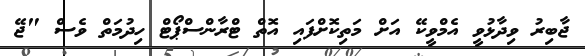
ޖާބިރު ވިދާޅުވީ އެމްވީކޭ އަށް މަތިކޮށްފައި އޮތް ޓްރާންސްޕޯޓް ހިދުމަތް ވެސް "ޖޭ